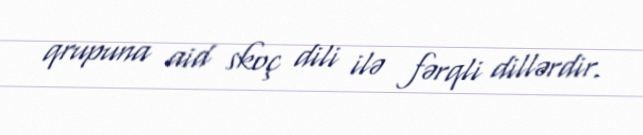
qrupuna aid skoç dili ilə fərqli dillərdir.